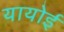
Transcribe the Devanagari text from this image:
यायोई